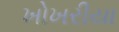
ખોખરીયા